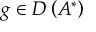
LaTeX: g \in D \left( A ^ { * } \right)